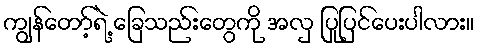
ကျွန်တော့်ရဲ့ ခြေသည်းတွေကို အလှ ပြုပြင်ပေးပါလား။